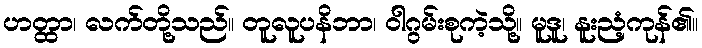
ဟတ္ထာ၊ လက်တို့သည်။ တူလူပနိဘာ၊ ဝါဂွမ်းစုကဲ့သို့။ မူဒူ၊ နူးညံ့ကုန်၏။